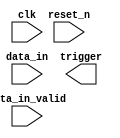
module trigger(

	input clk,
	input reset_n,

	input signed [31:0] data_in,
	input data_in_valid,
	
	output trigger
);

parameter nivel = 4000;

// Segunda opcion de trigger
// aca me fijo cuando la señal pasa un nivel y ahi la disparo
reg trigger_reg;
reg signed [31:0] data_in_reg;
reg [31:0] counter_level;

// Pequeña maquina de estados para evitar que dos trigger se habiliten muy juntos
// esto podría pasar por ruido por ejemplo
// por ahora lo soluciono asi capaz hay otro metodo mejor...
reg [2:0] state;
localparam idle=0,trigger_off=1;

always @ (posedge clk)
begin
    if(!reset_n || user_reset)
    begin
        state <= idle; 
        counter_level <= 0;
        trigger_reg <= 0;
        data_in_reg <= 0; 
    end       
    else 
    begin
      
        if(data_valid)
        begin    
        
          data_in_reg <= data_in;
    
          case(state)
            idle:
            begin
                counter_level <= 0;
                state <= ( (data_in > nivel) && (data_in_reg <= nivel) ) ? trigger_off : idle;
                trigger_nivel_reg <= ( (data_in > nivel) && (data_in_reg <= nivel) ) ? 1 : 0 ;
            end
            trigger_off:
            begin        
					trigger_nivel_reg <= 0;				
					//Solo el reset_n me saca de aca
				end
          endcase
       end
   end
end

endmodule